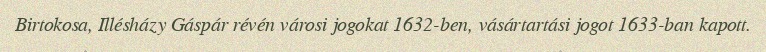
Birtokosa, Illésházy Gáspár révén városi jogokat 1632-ben, vásártartási jogot 1633-ban kapott.